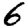
Digit: 6